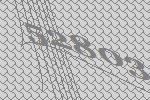
52803